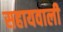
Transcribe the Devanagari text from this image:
सहायवाली